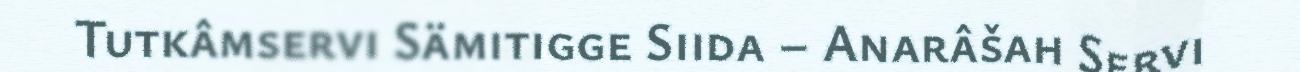
Tutkâmservi Sämitigge Siida – Anarâšah Servi